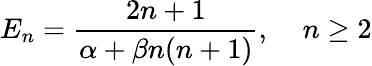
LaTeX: E_{n}=\frac{2n+1}{\alpha+\beta n(n+1)},\; \; \; \; n\ge 2